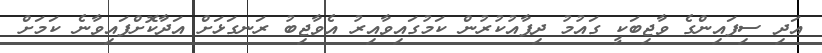
އަދި ސިފައިންގެ ވާޖިބަކީ ގައުމު ދިފާއުކުރުން ކަމުގައިވާއިރު އެވާޖިބު ރަނގަޅަށް އަދާކޮށްފައިވާނެ ކަމަށް